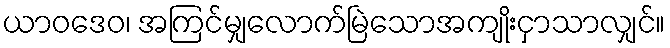
ယာဝဒေဝ၊ အကြင်မျှလောက်မြဲသောအကျိုးငှာသာလျှင်။